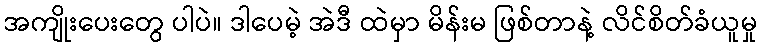
အကျိုးပေးတွေ ပါပဲ။ ဒါပေမဲ့ အဲဒီ ထဲမှာ မိန်းမ ဖြစ်တာနဲ့ လိင်စိတ်ခံယူမှု